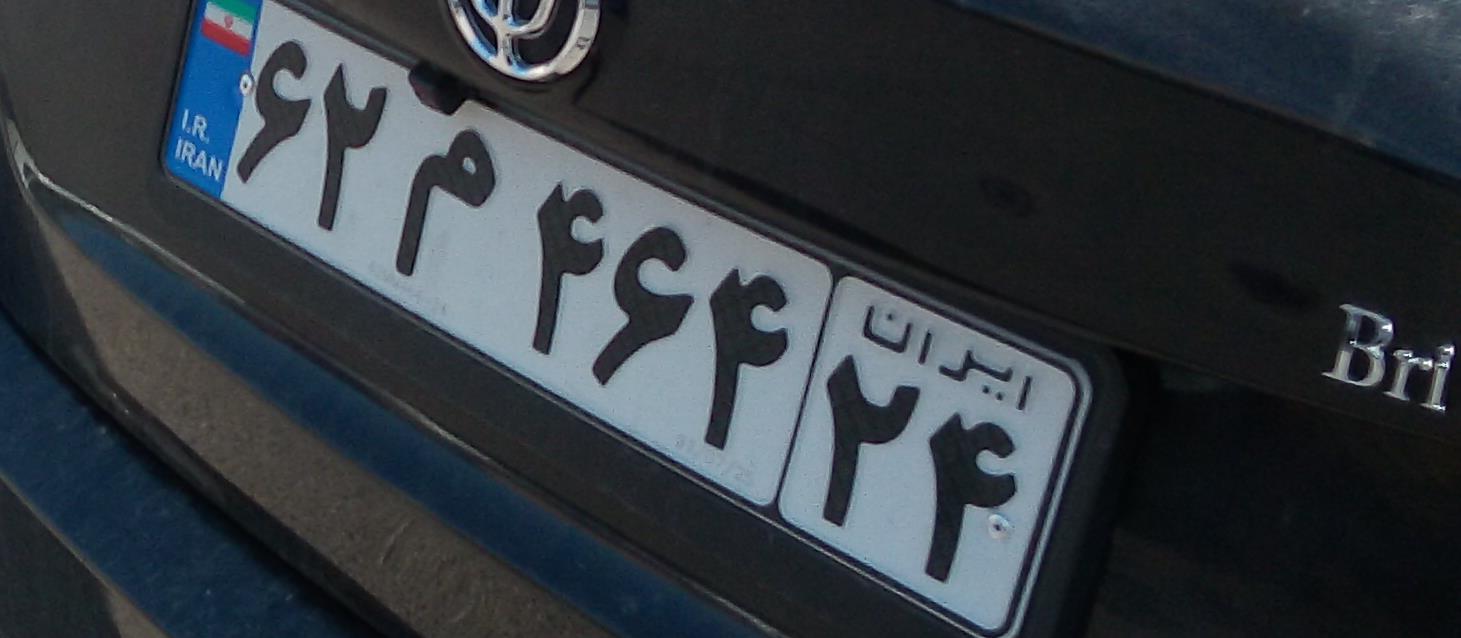
۶۲م۴۶۴۲۴